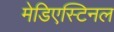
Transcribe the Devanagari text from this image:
मेडिएस्टिनल